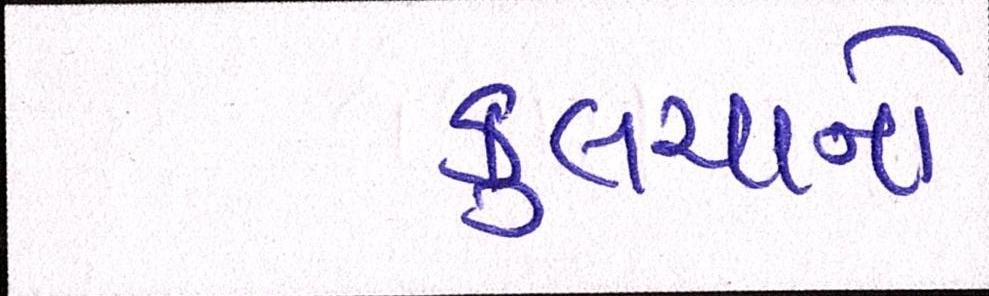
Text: કુલચાનો